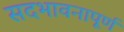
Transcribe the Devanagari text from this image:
सदभावनापूर्ण